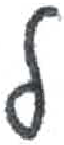
אות: ל